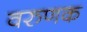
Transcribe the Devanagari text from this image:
वरुणक